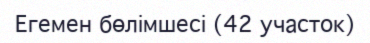
Егемен бөлімшесі (42 участок)